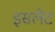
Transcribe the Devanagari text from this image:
इसलेट